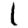
Digit: 1